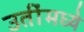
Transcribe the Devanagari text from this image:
उतींमध्ये